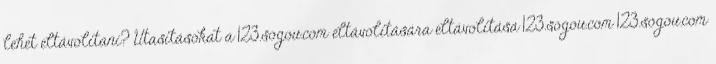
lehet eltávolítani? Utasításokat a 123.sogou.com eltávolítására eltávolítása 123.sogou.com 123.sogou.com